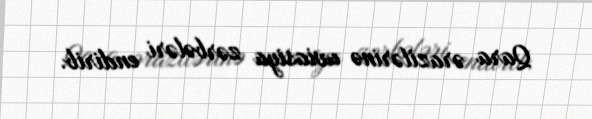
Qara ərazilərinə aviasiya zərbələri endirib.